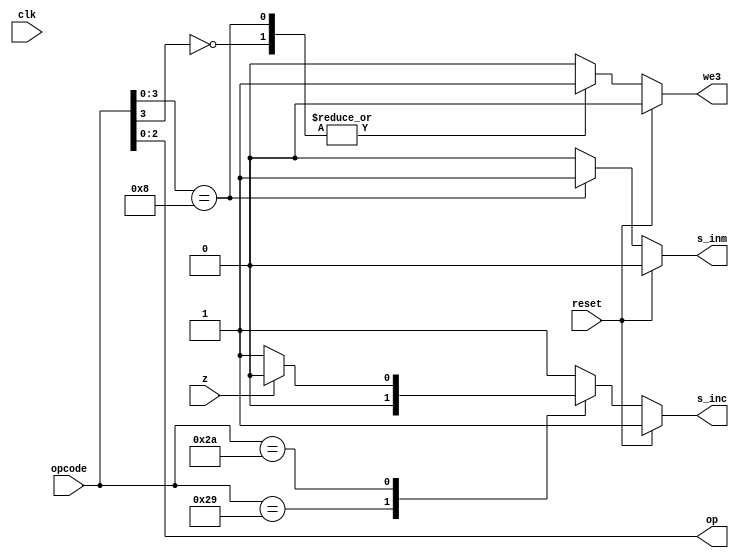
module uc(input wire clk, reset, z, input wire [5:0] opcode, output reg s_inc, s_inm, we3, output wire [2:0] op);

assign op = opcode[2:0];

always @(*)

  if (reset == 1'b1)
  begin
  $display ("RESET");
    we3 <= 1'b0;		//no permite escribir registro
    s_inm <= 1'b0;		//no constante inmediata	  
    s_inc <= 1'b1;		//stay
  end
  
  else
  begin
    casex (opcode)
	
	//ALU
	6'bxx0xxx:
	  begin
	    $display ("Op. ALU");
	    we3 <= 1'b1;		//permite escribir registro
	    $display("op=%b", op);
	    s_inc <= 1'b1;		//pc+1
	    s_inm <= 1'b0;		//no constante inmediata
	  end
	  
	//CARGA
	6'bxx1000:
	  begin
	  $display ("Op. CARGA");
	    we3 <= 1'b1;		//permite escribir registro
	    s_inc <= 1'b1;		//pc+1
	    s_inm <= 1'b1;		//constante inmediata
	  end
	  
	//SALTO ABSOLUTO
	6'b101001:
	  begin
	  $display ("Op. SALTO");
	    we3 <= 1'b0;		//no permite escribir registro
	    s_inc <= 1'b0;		//salto
	    s_inm <= 1'b0;		//no constante inmediata
	  end
	  
	//SALTO CONDICIONAL
	6'b101010:
	  begin
	  $display ("Op. SALTO CONDICIONAL");
	    we3 <= 1'b0;		//no permite escribir registro
	    s_inm <= 1'b0;		//no constante inmediata	  
	    if(z == 1'b1)
	      s_inc <= 1'b0;		//salto
	    else
	      s_inc <= 1'b1;		//pc+1
	  end
	  
	//DEFECTO
	default:
	  begin
	    we3 <= 1'b0;		//no permite escribir registro
	    s_inm <= 1'b0;		//no constante inmediata	  
	    s_inc <= 1'b1;		//pc+1
	  end

    endcase
  end	
endmodule